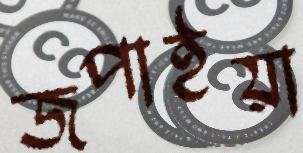
জপাইয়া